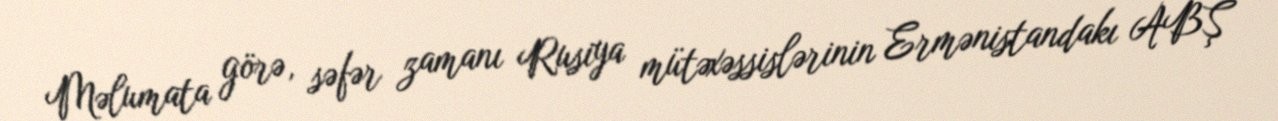
Məlumata görə, səfər zamanı Rusiya mütəxəssislərinin Ermənistandakı ABŞ